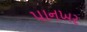
પાનખર